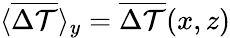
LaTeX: \langle\overline{{\Delta\mathcal{T}}}\rangle_{y}=\overline{{\Delta\mathcal{T}}}(x,z)